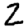
Digit: 2